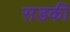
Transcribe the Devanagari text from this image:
सडकी